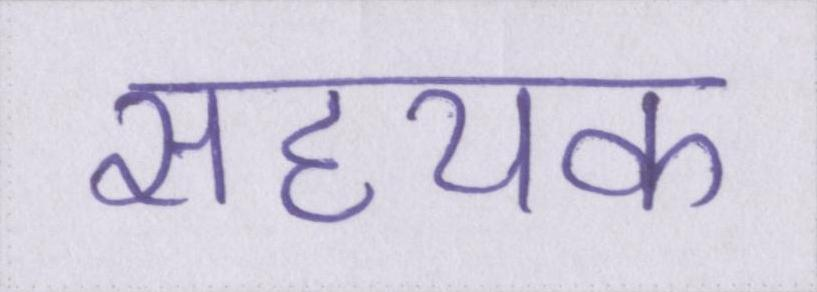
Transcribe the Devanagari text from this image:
सहयक